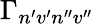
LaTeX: \Gamma_{n^{\prime}v^{\prime}n^{\prime\prime}v^{\prime\prime}}